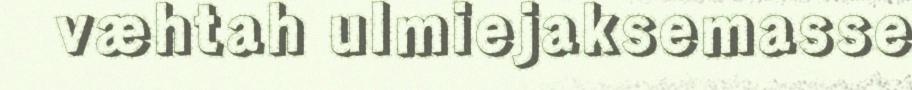
væhtah ulmiejaksemasse